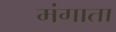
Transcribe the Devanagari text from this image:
मंगाता